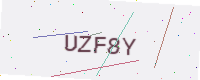
Text: UZF8Y